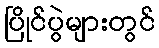
ပြိုင်ပွဲများတွင်